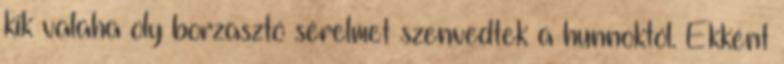
kik valaha oly borzasztó sérelmet szenvedtek a hunnoktól. Ekként